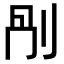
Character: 𠛰